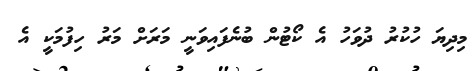
މިދިޔަ ހުކުރު ދުވަހު އެ ކޯޓުން ބުނެފައިވަނީ މަރަށް މަރު ހިފުމަކީ އެ